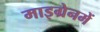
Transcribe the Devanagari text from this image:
माइग्रेनमें